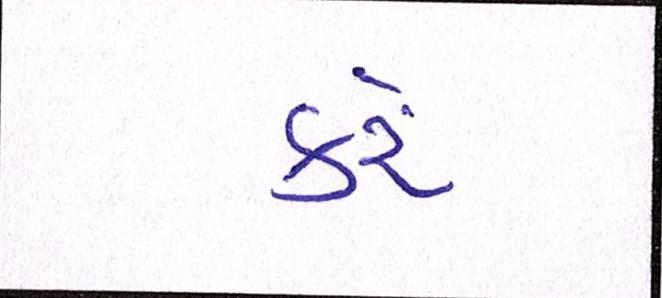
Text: કરેં